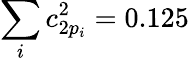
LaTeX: \sum_{i}c_{2p_{i}}^{2}=0.125